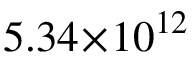
5 . 3 4 \! \times \! 1 0 ^ { 1 2 }